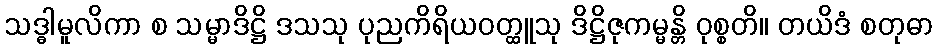
သဒ္ဓါမူလိကာ စ သမ္မာဒိဋ္ဌိ ဒသသု ပုညကိရိယဝတ္ထူသု ဒိဋ္ဌိဇုကမ္မန္တိ ဝုစ္စတိ။ တယိဒံ စတုဓာ